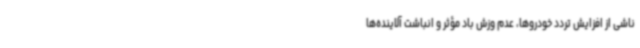
ناشی از افزایش تردد خودروها، عدم وزش باد مؤثر و انباشت آلاینده‌ها